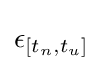
\epsilon _{[t_{n},t_{u}]}